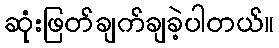
ဆုံးဖြတ်ချက်ချခဲ့ပါတယ်။